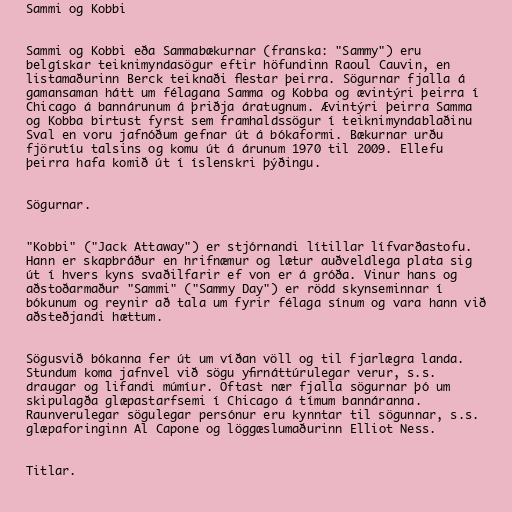
Sammi og Kobbi

Sammi og Kobbi eða Sammabækurnar (franska: "Sammy") eru
belgískar teiknimyndasögur eftir höfundinn Raoul Cauvin, en
listamaðurinn Berck teiknaði flestar þeirra. Sögurnar fjalla á
gamansaman hátt um félagana Samma og Kobba og ævintýri þeirra í
Chicago á bannárunum á þriðja áratugnum. Ævintýri þeirra Samma
og Kobba birtust fyrst sem framhaldssögur í teiknimyndablaðinu
Sval en voru jafnóðum gefnar út á bókaformi. Bækurnar urðu
fjörutíu talsins og komu út á árunum 1970 til 2009. Ellefu
þeirra hafa komið út í íslenskri þýðingu.

Sögurnar.

"Kobbi" ("Jack Attaway") er stjórnandi lítillar lífvarðastofu.
Hann er skapbráður en hrifnæmur og lætur auðveldlega plata sig
út í hvers kyns svaðilfarir ef von er á gróða. Vinur hans og
aðstoðarmaður "Sammi" ("Sammy Day") er rödd skynseminnar í
bókunum og reynir að tala um fyrir félaga sínum og vara hann við
aðsteðjandi hættum.

Sögusvið bókanna fer út um víðan völl og til fjarlægra landa.
Stundum koma jafnvel við sögu yfirnáttúrulegar verur, s.s.
draugar og lifandi múmíur. Oftast nær fjalla sögurnar þó um
skipulagða glæpastarfsemi í Chicago á tímum bannáranna.
Raunverulegar sögulegar persónur eru kynntar til sögunnar, s.s.
glæpaforinginn Al Capone og löggæslumaðurinn Elliot Ness.

Titlar.